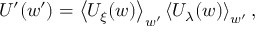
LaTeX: U ^ { \prime } ( w ^ { \prime } ) = \left\langle U _ { \xi } ( w ) \right\rangle _ { w ^ { \prime } } \left\langle U _ { \lambda } ( w ) \right\rangle _ { w ^ { \prime } } ,